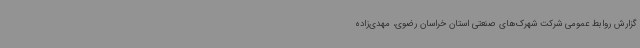
گزارش روابط عمومی شرکت شهرک‌های صنعتی استان خراسان رضوی، مهدی‌زاده